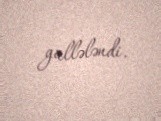
güllələndi.